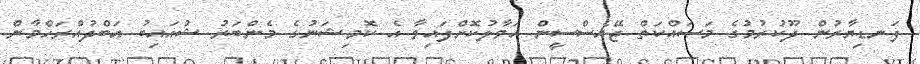
ފަނޑިޔާރުން ދޫކުރުމުގެ މަސައްކަތް ޖޭއެސްސީން ހަވާލުކޮށްފައިވާ އެ ކޮމިޝަނުގެ މެންބަރު ޝުއައިބު އަބްދުއްރަހްމާން